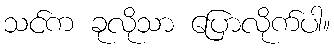
သင်က ခုလိုသာ ပြောလိုက်ပါ။